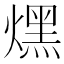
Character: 㷵